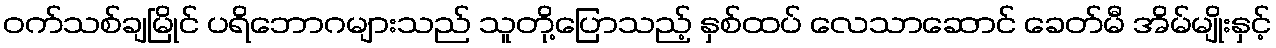
ဝက်သစ်ချမြိုင် ပရိဘောဂများသည် သူတို့ပြောသည့် နှစ်ထပ် လေသာဆောင် ခေတ်မီ အိမ်မျိုးနှင့်